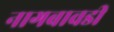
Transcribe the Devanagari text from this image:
नागबावडी